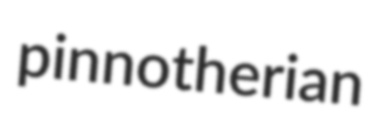
pinnotherian